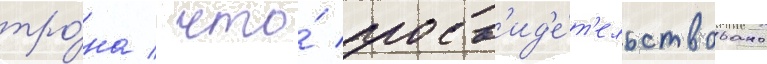
тро́на / что́ засв'ид'е́т'ельствовано